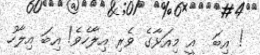
! އިބަ  އީ މިއަޅާގެ ވެރި އިލާހެވެ! އިބަ އިލާހު